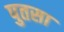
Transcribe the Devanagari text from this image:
पुतसा